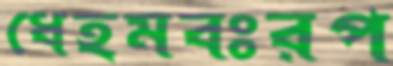
ধেহমবঃরপ